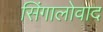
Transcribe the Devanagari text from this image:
सिंगालोवाद